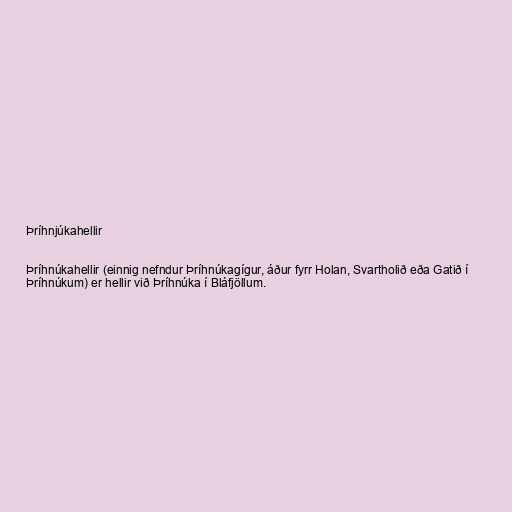
Þríhnjúkahellir

Þríhnúkahellir (einnig nefndur Þríhnúkagígur, áður fyrr Holan, Svartholið eða Gatið í
Þríhnúkum) er hellir við Þríhnúka í Bláfjöllum.